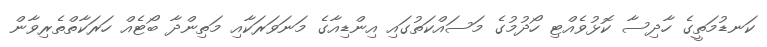
ކަނޑުމަތީގެ ހާދިސާ ކޮޅުވެއްޓި ހޯދުމުގެ މަސައްކަތުގައި އިންޑިއާގެ މަނަވަރަކާއި މަތިންދާ ބޯޓެއް ހަރަކާތްތެރިވާން